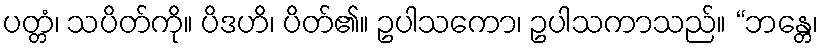
ပတ္တံ၊ သပိတ်ကို။ ပိဒဟိ၊ ပိတ်၏။ ဥပါသကော၊ ဥပါသကာသည်။ “ဘန္တေ၊